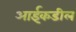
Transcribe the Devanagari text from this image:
आईकडील